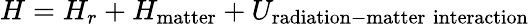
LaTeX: H=H_{r}+H_{\mathrm{matter}}+U_{\mathrm{radiation-matter\; interaction}}